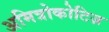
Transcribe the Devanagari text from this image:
अमित्रोकोटिज़